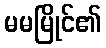
မမမြိုင်၏